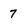
Character: 7